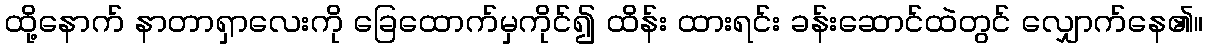
ထို့နောက် နာတာရှာလေးကို ခြေထောက်မှကိုင်၍ ထိန်း ထားရင်း ခန်းဆောင်ထဲတွင် လျှောက်နေ၏။